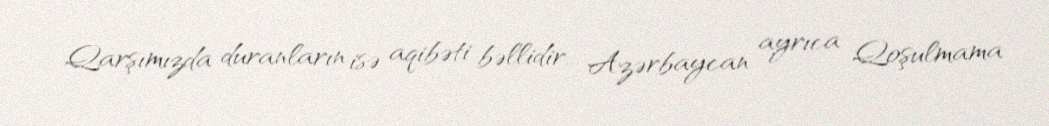
Qarşımızda duranların isə aqibəti bəllidir... Azərbaycan ayrıca Qoşulmama